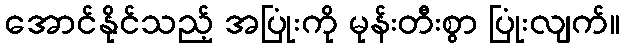
အောင်နိုင်သည့် အပြုံးကို မုန်းတီးစွာ ပြုံးလျက်။